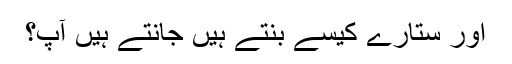
اور ستارے کیسے بنتے ہیں جانتے ہیں آپ؟